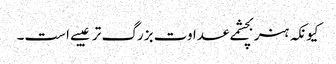
کیونکہ ہنر بچشمے عداوت بزرگ تر عیبے است۔